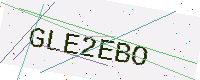
Text: GLE2EBO